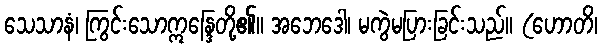
သေသာနံ၊ ကြွင်းသောဣန္ဒြေတို့၏။ အဘေဒေါ၊ မကွဲမပြားခြင်းသည်။ (ဟောတိ၊